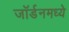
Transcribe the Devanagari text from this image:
जॉर्डनमध्ये